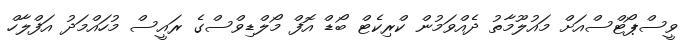
ވީސްޕޯޓްސްއަށް މައުލޫމާތު ދެއްވަމުން ކްރިކެޓް ބޯޑް އޮފް މޯލްޑިވްސްގެ ރައީސް މުހައްމަދު އަފްލާހް